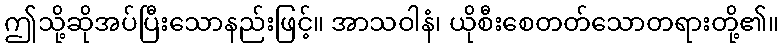
ဤသို့ဆိုအပ်ပြီးသောနည်းဖြင့်။ အာသဝါနံ၊ ယိုစီးစေတတ်သောတရားတို့၏။